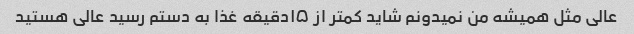
عالی مثل همیشه من نمیدونم شاید کمتر از ۱۵دقیقه غذا به دستم رسید عالی هستید